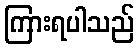
ကြားရပါသည်